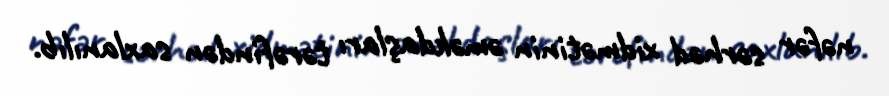
nəfər sərhəd xidmətinin əməkdaşları tərəfindən saxlanılıb.